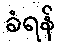
ခံရန်